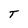
Character: T